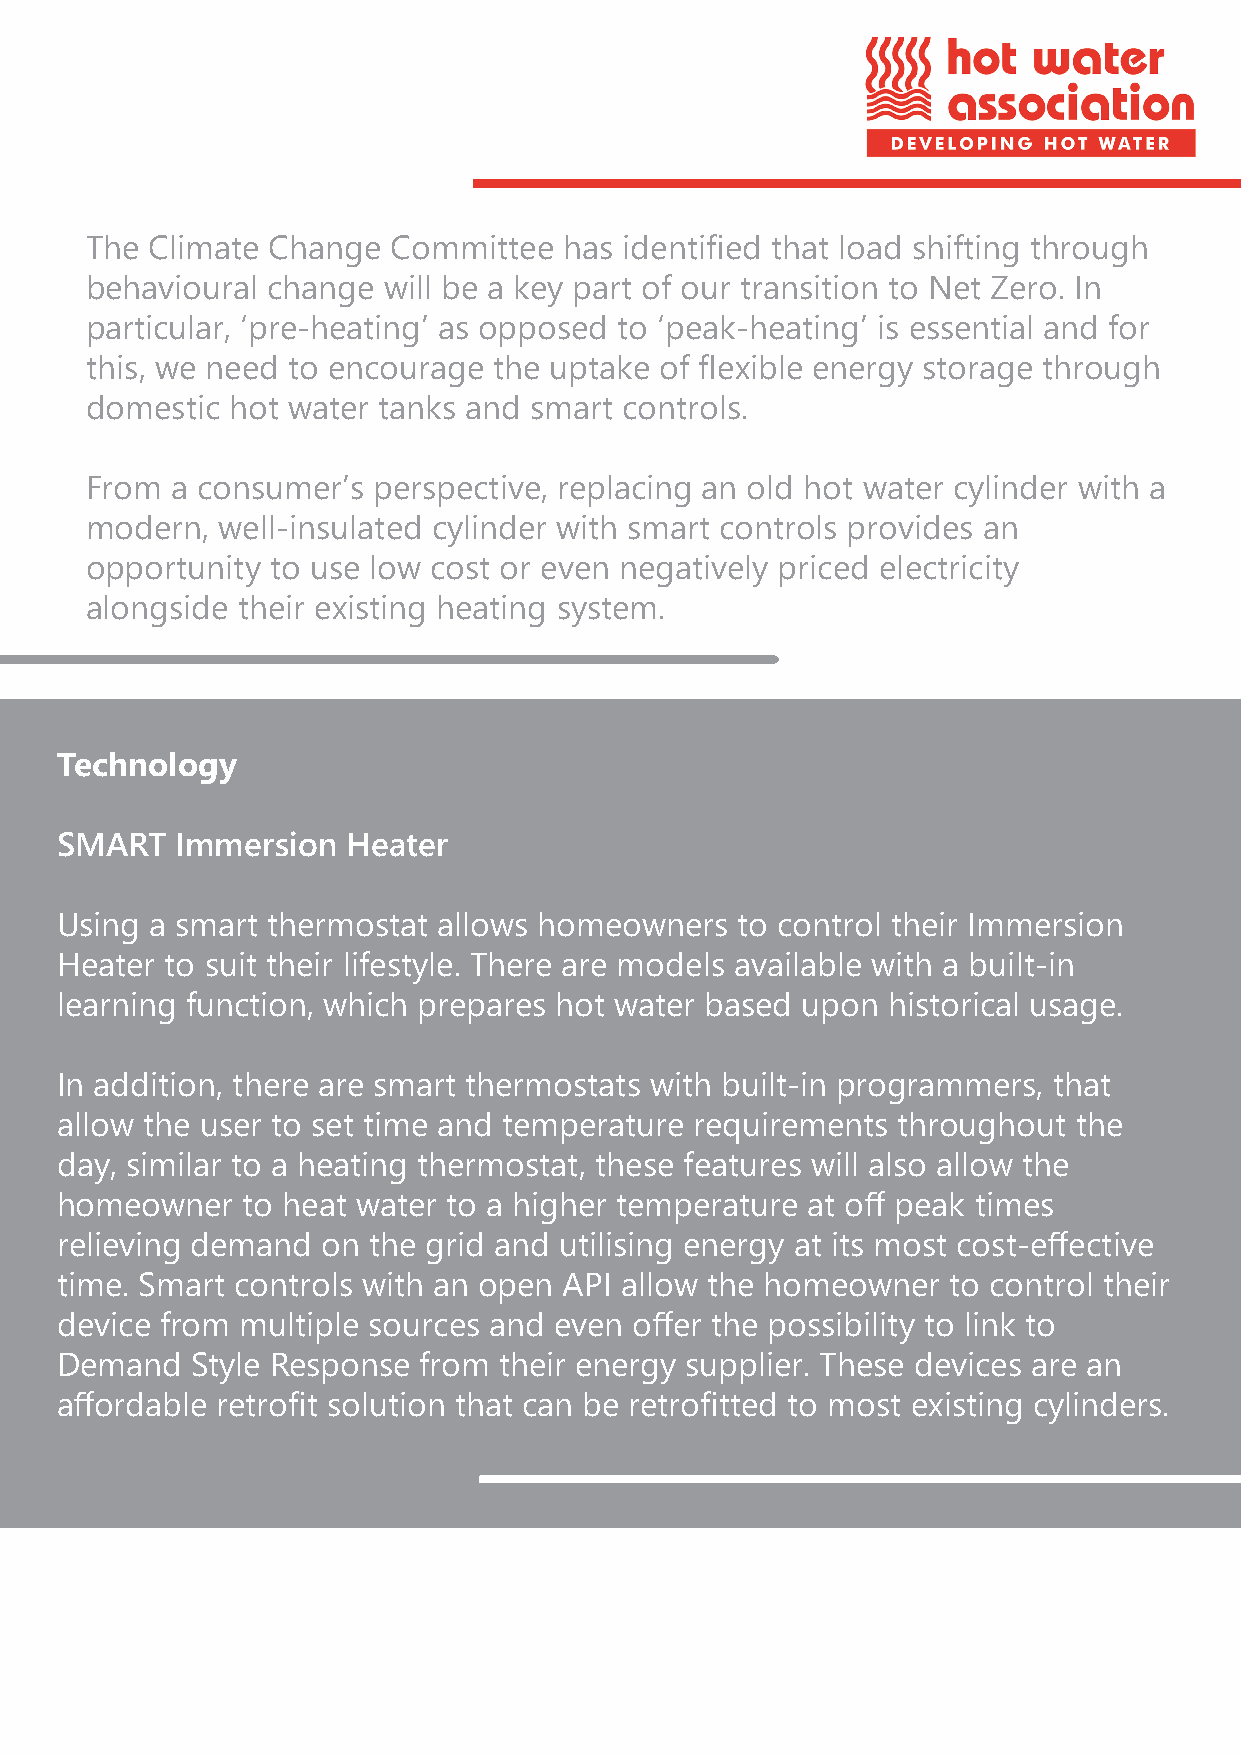
The Climate Change  Committee  has identified that load shifting through
 behavioural change will be a key part of our transition to Net Zero. In
 particular, ‘pre-heating’ as opposed to ‘peak-heating’ is essential and for
 this, we need to encourage the uptake of flexible energy storage through
 domestic hot water tanks and smart controls.
 From a consumer’s  perspective, replacing an old hot water cylinder with a
 modern, well-insulated cylinder with smart controls provides an
 opportunity to use low cost or even negatively priced electricity
 alongside their existing heating system.
 Technology
 SMART   Immersion  Heater
 Using a smart thermostat allows homeowners   to control their Immersion
 Heater to suit their lifestyle. There are models available with a built-in
 learning function, which prepares hot water based upon historical usage.
 In addition, there are smart thermostats with built-in programmers, that
 allow the user to set time and temperature requirements throughout the
 day, similar to a heating thermostat, these features will also allow the
 homeowner   to heat water to a higher temperature at off peak times
 relieving demand on the grid and utilising energy at its most cost-effective
 time. Smart controls with an open API allow the homeowner  to control their
 device from multiple sources and even offer the possibility to link to
 Demand   Style Response from their energy supplier. These devices are an
 affordable retrofit solution that can be retrofitted to most existing cylinders.